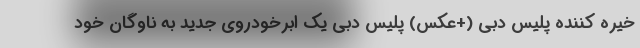
خیره کننده پلیس دبی (+عکس) پلیس دبی یک ابرخودروی جدید به ناوگان خود